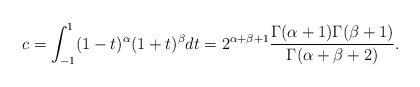
LaTeX: \begin{align*} c = \int_{-1}^{1} (1-t)^{\alpha}(1+t)^{\beta} dt = 2^{\alpha + \beta + 1}\frac{\Gamma(\alpha + 1) \Gamma( \beta + 1)}{\Gamma(\alpha + \beta + 2)}.\end{align*}